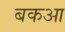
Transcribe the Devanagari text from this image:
बकआ